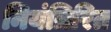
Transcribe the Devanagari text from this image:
नियंत्रिरित